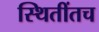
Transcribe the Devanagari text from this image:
स्थितींतच